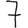
Digit: 7